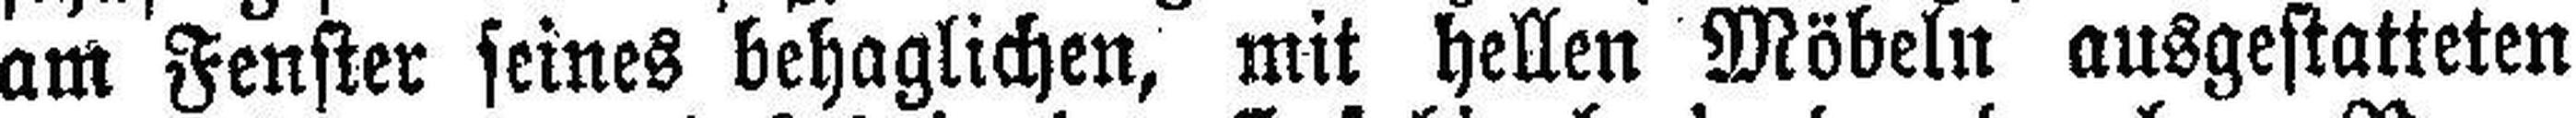
am Fenster seines behaglichen, mit hellen Möbeln ausgestatteten